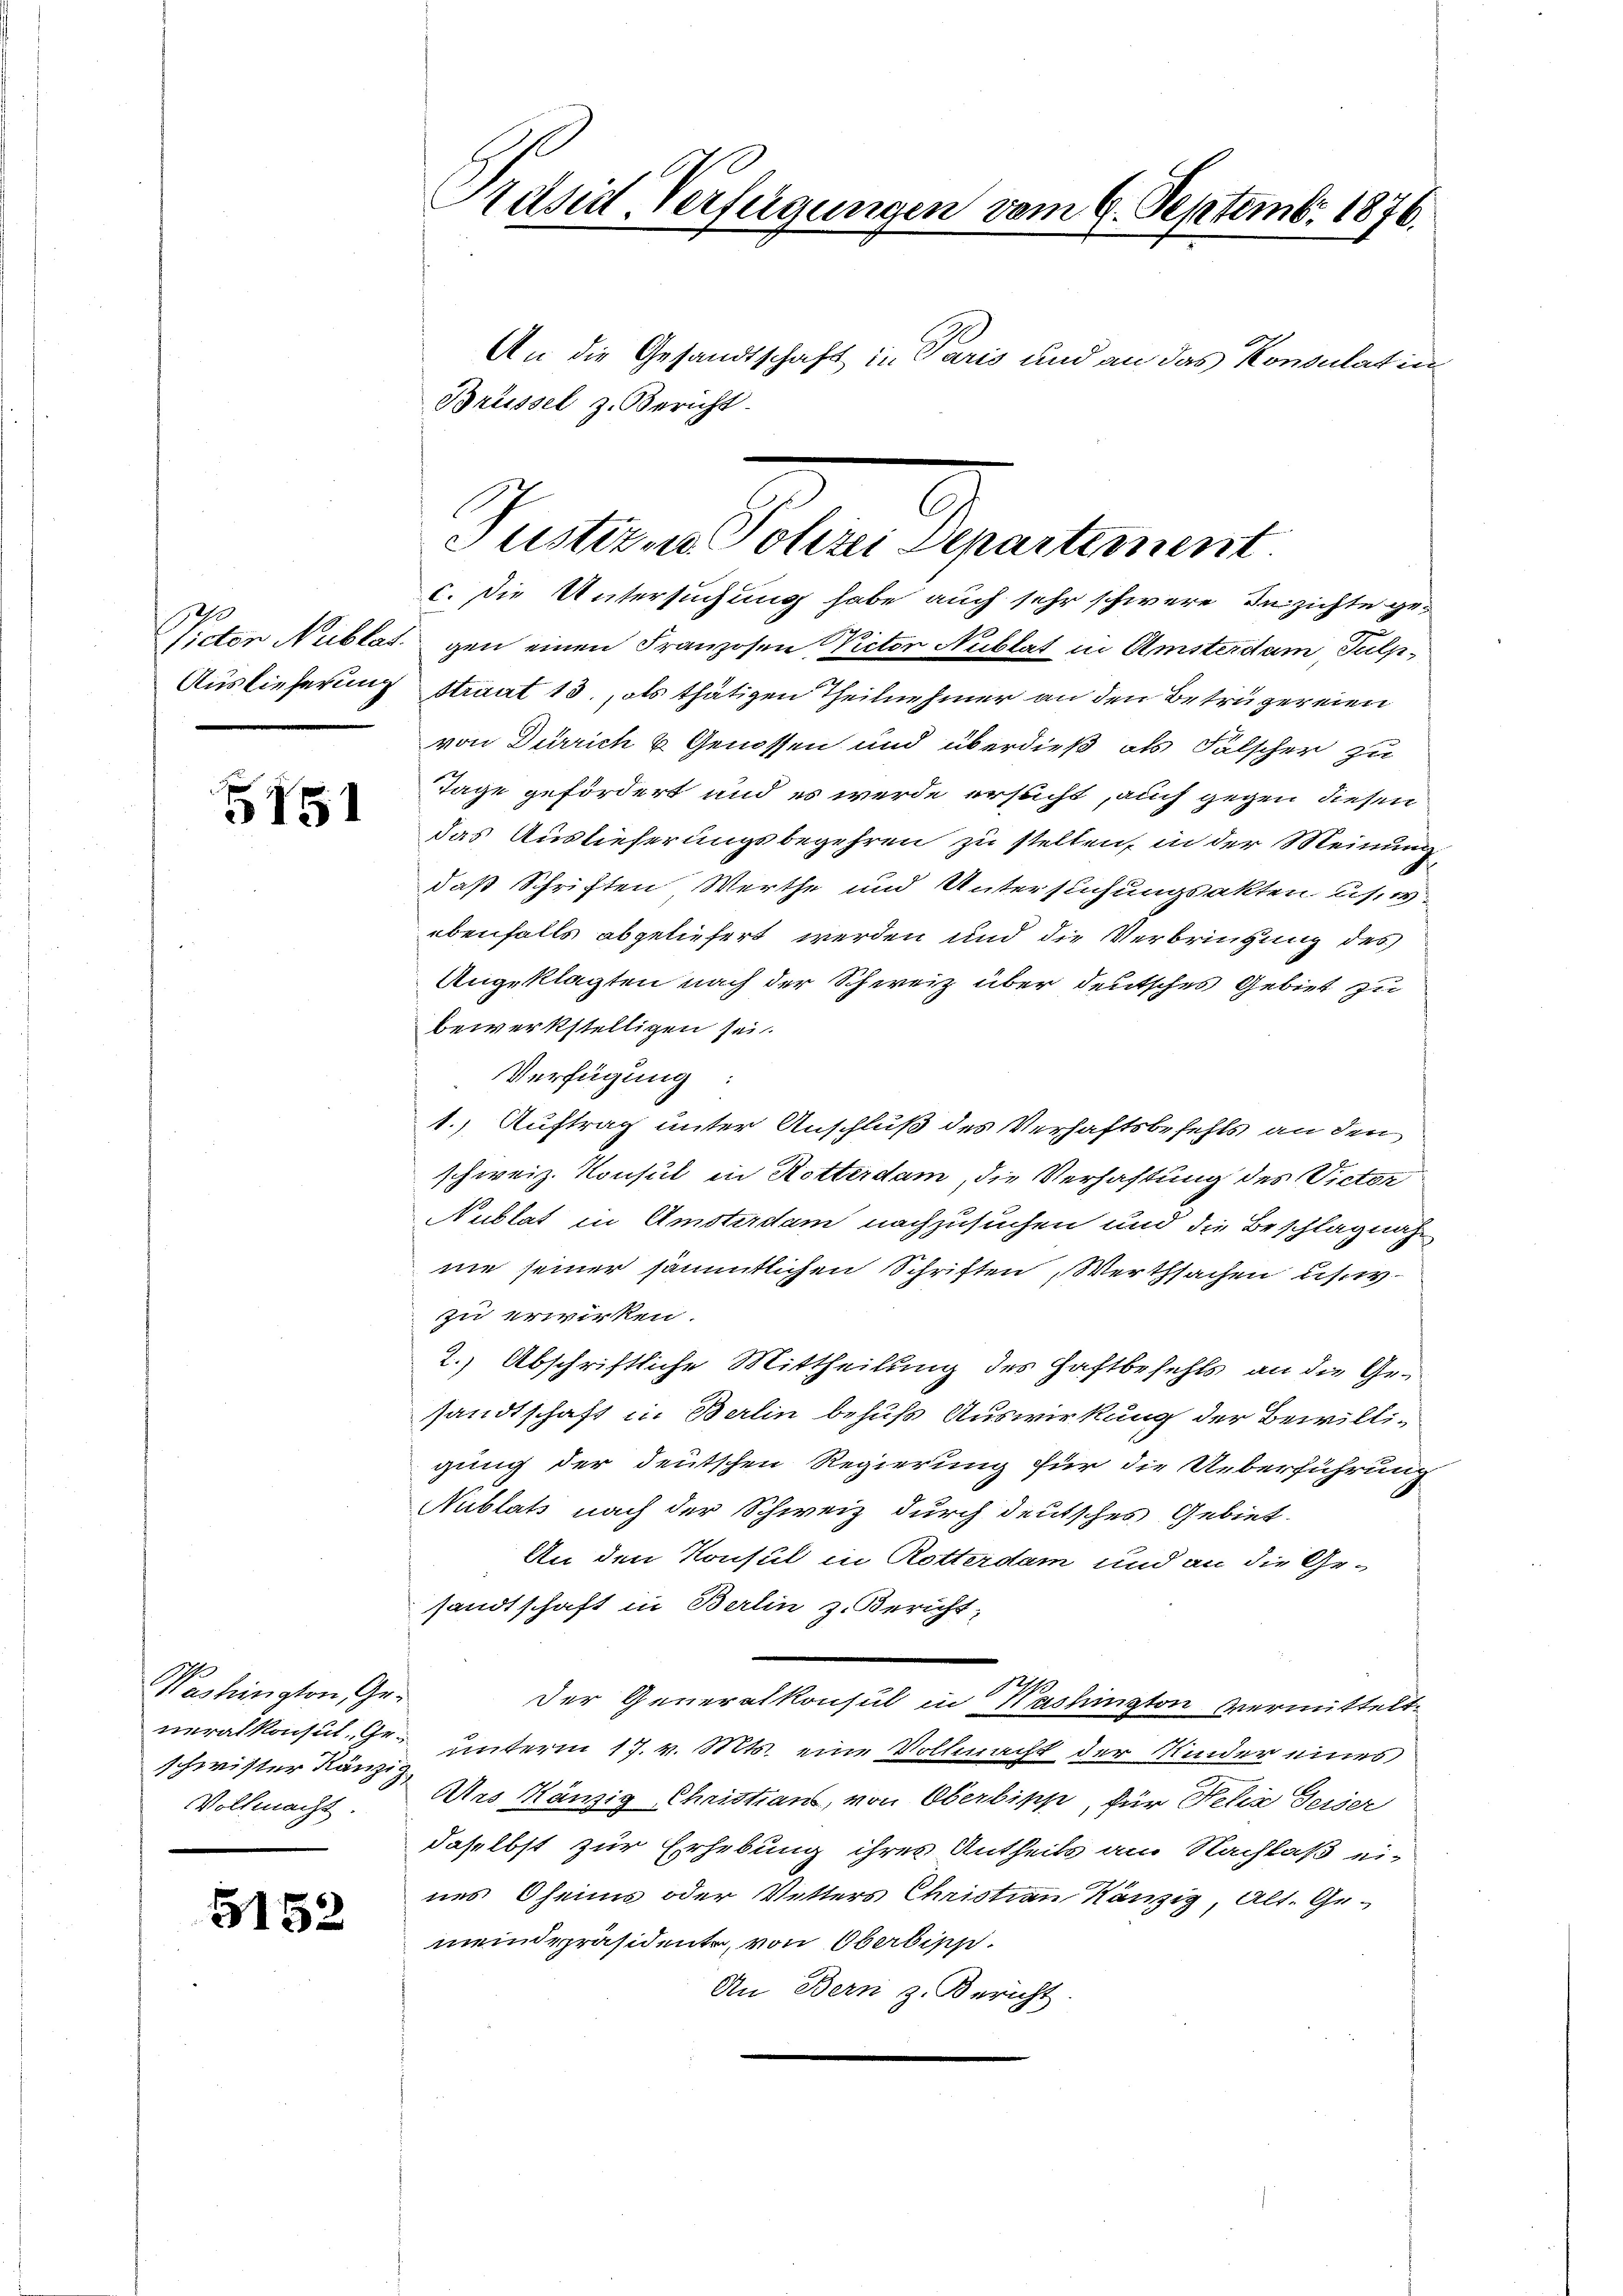
Auslieferung

151

Washington Ge-
schwister Ränzig
Vollmacht

5152

Prdsidt Verfügungen vom 6. Septemb. 1876.

An die Gesandtschaft in Paris und an das Konsulatin
Brüssel z. Bericht
c. Die Untersuchung habe auch sehr schwere Inzichte ge¬
Nictor Nublat gen einen Franzosen Victor Nublat in Amsterdam, Tulp¬
Straut 13., als thätigen Theilnehmer an den Betrügereien
von Dürrich u Genossen und überdieß als Fälscher zu
Tage gefördert und es werde ersucht, auch gegen diesen
das Auslieferungsbegehren zu stellen, in der Meinung
daß Schriften Werthe und Untersuchungsakten usw.
ebenfalls abgeliefert werden und die Verbringung des
Angeklagten nach der Schweiz über deutsches Gebiet zu
bewerkstelligen sei.
Verfügung:
1.) Auftrag unter Anschluß des Verhaftsbefehls an den
schweiz. Konsul in Rotterdam, die Verhaftung des Victor
Nublat in Amsterdam nachzusuchen und die Beschlagnah
nie seiner sämmtlichen Schriften Werthsachen usw.
zu erwirken.
2.) Abschriftliche Mittheilung des Haftbefehls an die Gesandtschaft in Berlin behufs Auswirkung der Bewilligung der deutschen Regierung für die Ueberführung
Nublats nach der Schweiz durch deutsches Gebiet.
An den Konsul in Rotterdam und an die Ge-
sandtschaft in Berlin z. Bericht,
der Generalkonsul in Washington vermitteltneralkonsil. Gr. unterm 17. v. Mts. eine Vollmacht der Kinder eines
Des König Christians, von Oberbipp, für Felix Ferser
daselbst zur Erhebung ihres Antheils am Nachlaß ei-
nes Oheims oder Vetters Christian Känzig, Alt. Ge-
meindepräsidente, von Oberbin
An Bern z. Bericht

Justiz- u. Polizei Departement.